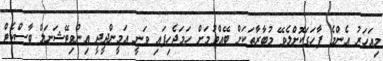
މިއަހަރު އެންމެ ފާހަގަކޮށްލެވޭ މުބާރާތަކަށް ބޭއްވުމަށް ހަމަޖެހިފައި ވަނީ އަމީންދީދީ އިންވިޓޭޝަނަލް ބާސްކެޓް